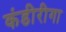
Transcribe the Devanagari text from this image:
कंडीरीगा